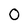
Character: O